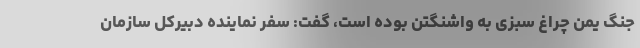
جنگ یمن چراغ سبزی به واشنگتن بوده است، گفت: سفر نماینده دبیرکل سازمان